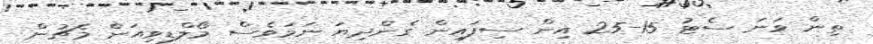
ތިން ވަނަ ސެޓު 15-25 އިން ސިފައިން ގެންދިޔަ ނަމަވެސް މޯލްޑިވިއަން މެޗުން